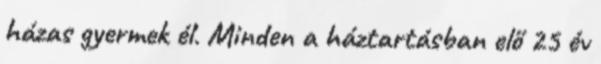
házas gyermek él. Minden a háztartásban elő 25 év